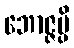
ဘောဇ္ဇမ္ပိ